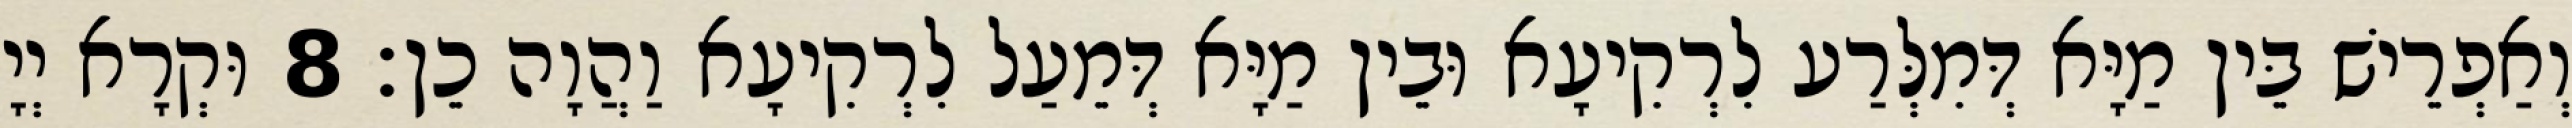
וְאַפְרֵישׁ בֵּין מַיָּא דְּמִלְּרַע לִרְקִיעָא וּבֵין מַיָּא דְּמֵעַל לִרְקִיעָא וַהֲוָה כֵן׃ 8 וּקְרָא יְיָ